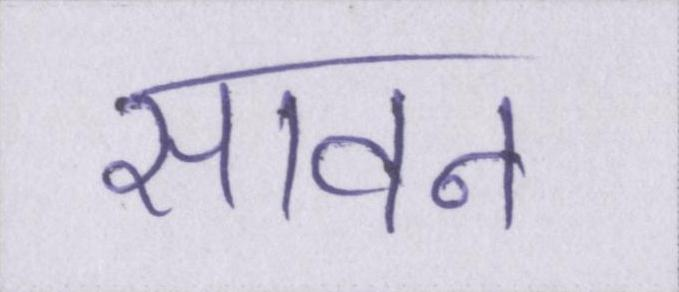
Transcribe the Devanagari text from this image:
सावन